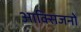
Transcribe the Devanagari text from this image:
आक्सिजनों